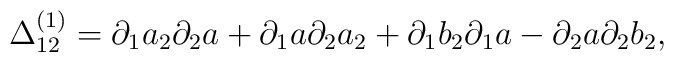
\Delta_{12}^{(1)}=\partial _{1}a_{2}\partial _{2}a +\partial_{1}a\partial _{2}a_{2} +\partial _{1}b_{2}\partial _{1}a-\partial_{2}a\partial _{2}b_{2},